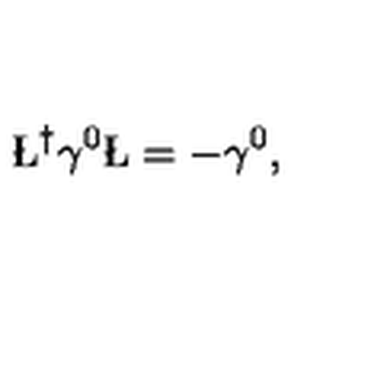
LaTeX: \L ^ { \dagger } \gamma ^ { 0 } \L = - \gamma ^ { 0 } ,